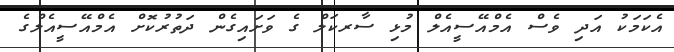
އެކަމަކު އަދި ވެސް އެމްއޭސީއެލް މުޅި ސާރކަލް ގެ ވަށައިގެން ދަތުރުކޮށް އެމްއޭސީއެލްގެ